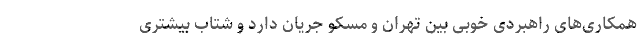
همکاری‌های راهبردی خوبی بین تهران و مسکو جریان دارد و شتاب بیشتری